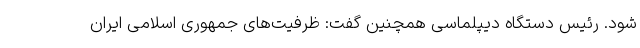
شود. رئیس دستگاه دیپلماسی همچنین گفت: ظرفیت‌های جمهوری اسلامی ایران